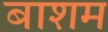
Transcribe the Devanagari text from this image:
बाशम